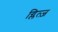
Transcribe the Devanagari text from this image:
ग्लित्ज़